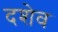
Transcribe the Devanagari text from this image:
दशेव